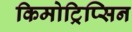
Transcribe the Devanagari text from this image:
किमोट्रिप्सिन